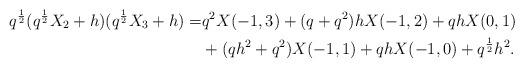
LaTeX: \begin{align*}q^{\frac{1}{2}}(q^{\frac{1}{2}}X_2+h)(q^{\frac{1}{2}}X_3+h)=&q^2X(-1,3)+(q+q^2)hX(-1,2) +qhX(0,1)\\&+(qh^2+q^2)X(-1,1)+qhX(-1,0)+q^{\frac{1}{2}}h^2.\end{align*}